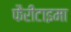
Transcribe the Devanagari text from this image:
फैरीटाइमा